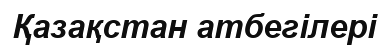
Қазақстан атбегілері